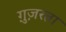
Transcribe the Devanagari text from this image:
ग़ुज़रता